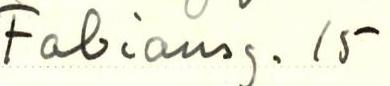
Fabiansg. 15